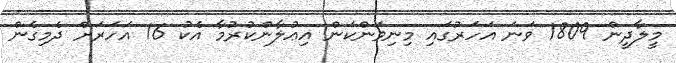
މީލާދީން 1809 ވަނަ އަހަރުގައި މިނިވަންކަން އިޢުލާންކުރުމާ އެކު 16 އަހަރަށް ދެމިގެން